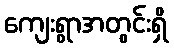
ကျေးရွာအတွင်းရှိ